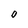
Character: O